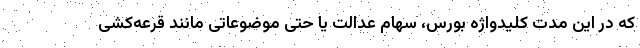
که در این مدت کلیدواژه بورس، سهام عدالت یا حتی موضوعاتی مانند قرعه‌کشی